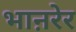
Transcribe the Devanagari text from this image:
भाऩरेर